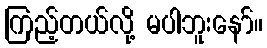
ကြည့်တယ်လို့ မပါဘူးနော်။